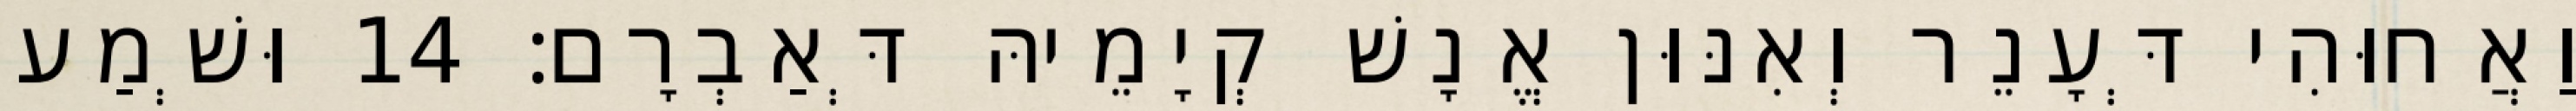
וַאֲחוּהִי דְּעָנֵר וְאִנּוּן אֱנָשׁ קְיָמֵיהּ דְּאַבְרָם׃ 14 וּשְׁמַע